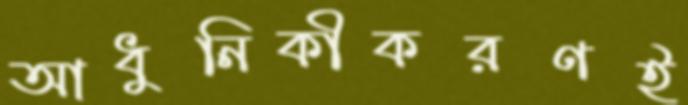
আধুনিকীকরণই